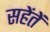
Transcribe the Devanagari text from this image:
सहेंतें